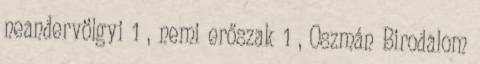
neandervölgyi 1 , nemi erőszak 1 , Oszmán Birodalom